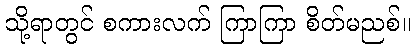
သို့ရာတွင် စကားလက် ကြာကြာ စိတ်မညစ်။